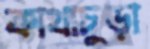
কাথাচুড়া